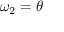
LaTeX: \omega _ { 2 } = \theta